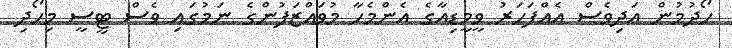
ހޯދުމުން އަދިވެސް އެއްފަހަރު ވީމީޑިއާގެ އެންމެހާ މުވައްޒަފުންގެ ނަމުގައި ވެސް ޓީސީ މިހޯދި